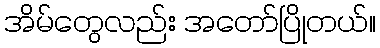
အိမ်တွေလည်း အတော်ပြိုတယ်။